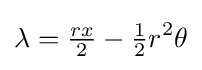
\lambda ={\tfrac {rx}{2}}-{\tfrac {1}{2}}r^{2}\theta